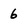
Character: 6